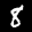
Label: 8